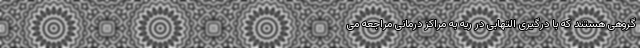
گروهی هستند که با درگیری التهابی در ریه به مراکز درمانی مراجعه می